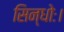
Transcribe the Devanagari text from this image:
सिन्धोः।